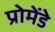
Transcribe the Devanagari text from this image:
प्रोमेंडे